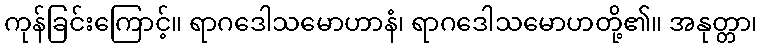
ကုန်ခြင်းကြောင့်။ ရာဂဒေါသမောဟာနံ၊ ရာဂဒေါသမောဟတို့၏။ အနုတ္တာ၊